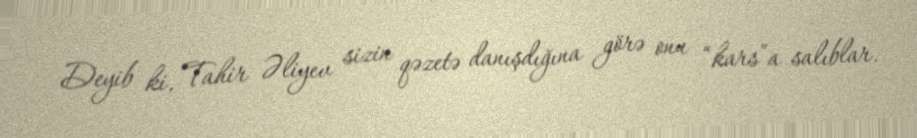
Deyib ki, Tahir Əliyev sizin qəzetə danışdığına görə onu “kars”a salıblar.